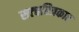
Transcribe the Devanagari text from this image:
सत्चरित्रकार